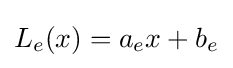
L_{e}(x)=a_{e}x+b_{e}